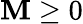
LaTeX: \mathbf{M}\geq0